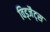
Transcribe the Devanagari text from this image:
विड्जैट्स